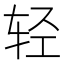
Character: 轻